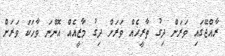
ރާއްޖޭގައި ވަރަށް ދިގު ތާރީޚެއް ވަރަށް ދިގު މާޒީއެއް އޮންނަ ވާހަކަ ވަރަށް